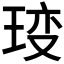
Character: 𤥥